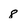
Character: 8